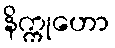
နိက္ကုဟော